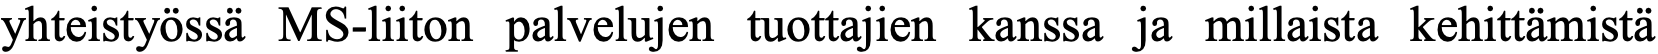
yhteistyössä MS-liiton palvelujen tuottajien kanssa ja millaista kehittämistä